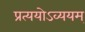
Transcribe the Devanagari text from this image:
प्रत्ययोऽव्ययम्